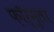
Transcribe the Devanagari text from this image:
फ़ॉर्मुला